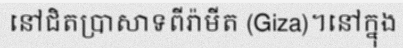
នៅជិតប្រាសាទពីរ៉ាមីត (Giza)។នៅក្នុង